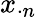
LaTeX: x_{\cdot n}